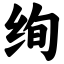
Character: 绚